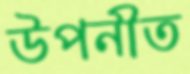
উপনীত